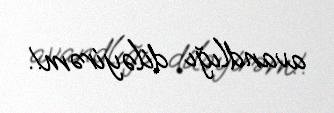
avandlığı diləyirəm!.